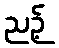
ညဉ့်